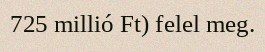
725 millió Ft) felel meg.